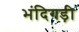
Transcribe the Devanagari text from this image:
भंदिगड़ी